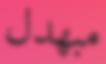
مبھدل